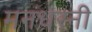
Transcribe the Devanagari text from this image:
मनधरनी